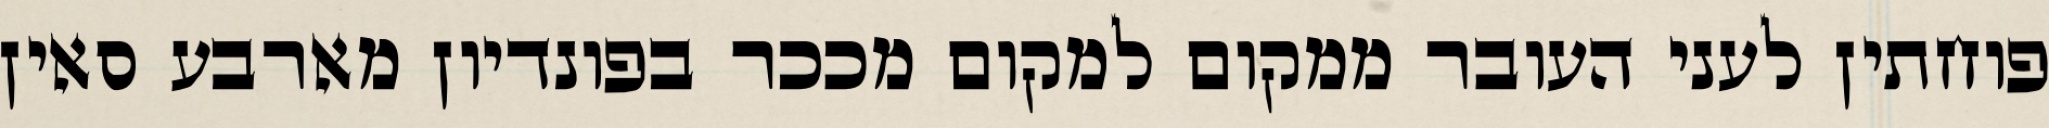
פוחתין לעני העובר ממקום למקום מככר בפונדיון מארבע סאין